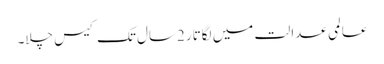
عالمی عدالت میں لگاتار 2سال تک کیس چلا۔